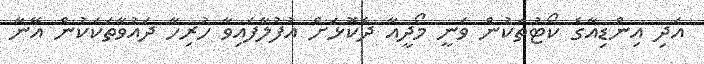
އަދި އިންޑިއާގެ ކޯޓުތަކުން ވަނީ މޯދީއާ ދެކޮޅަށް އުފުލާފައިވާ ހުރިހާ ދައުވާތަކަކުން އޭނާ